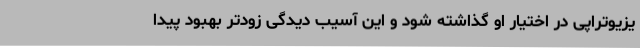
یزیوتراپی در اختیار او گذاشته شود و این آسیب دیدگی زودتر بهبود پیدا